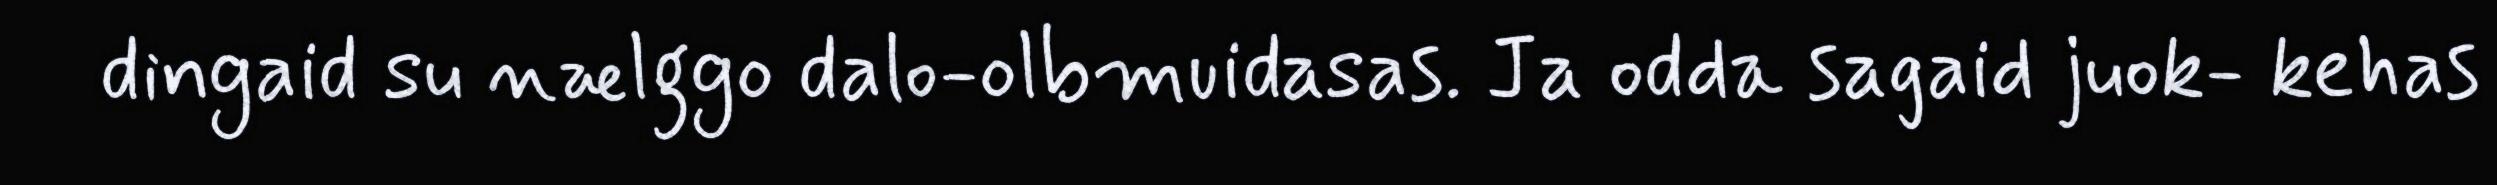
dingaid su nælggo dalo-olbmuidasas. Ja odda sagaid juok- kehas